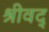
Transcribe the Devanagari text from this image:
श्रीवद्‌